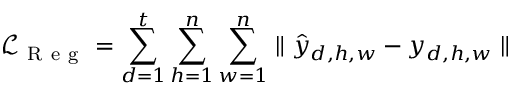
\mathcal { L } _ { \mathrm { ~ R ~ e ~ g ~ } } = \sum _ { d = 1 } ^ { t } \sum _ { h = 1 } ^ { n } \sum _ { w = 1 } ^ { n } \parallel \hat { y } _ { d , h , w } - y _ { d , h , w } \parallel